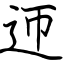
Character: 迊